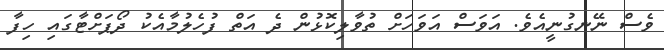
ވެސް ނޭނގުނީއެވެ. އަވަސް އަވަހަށް ތުވާލިކޮޅުން ދެ އަތް ފުހެލުމާއެކު ދޯޕަށްޓާގައި ހިފާ